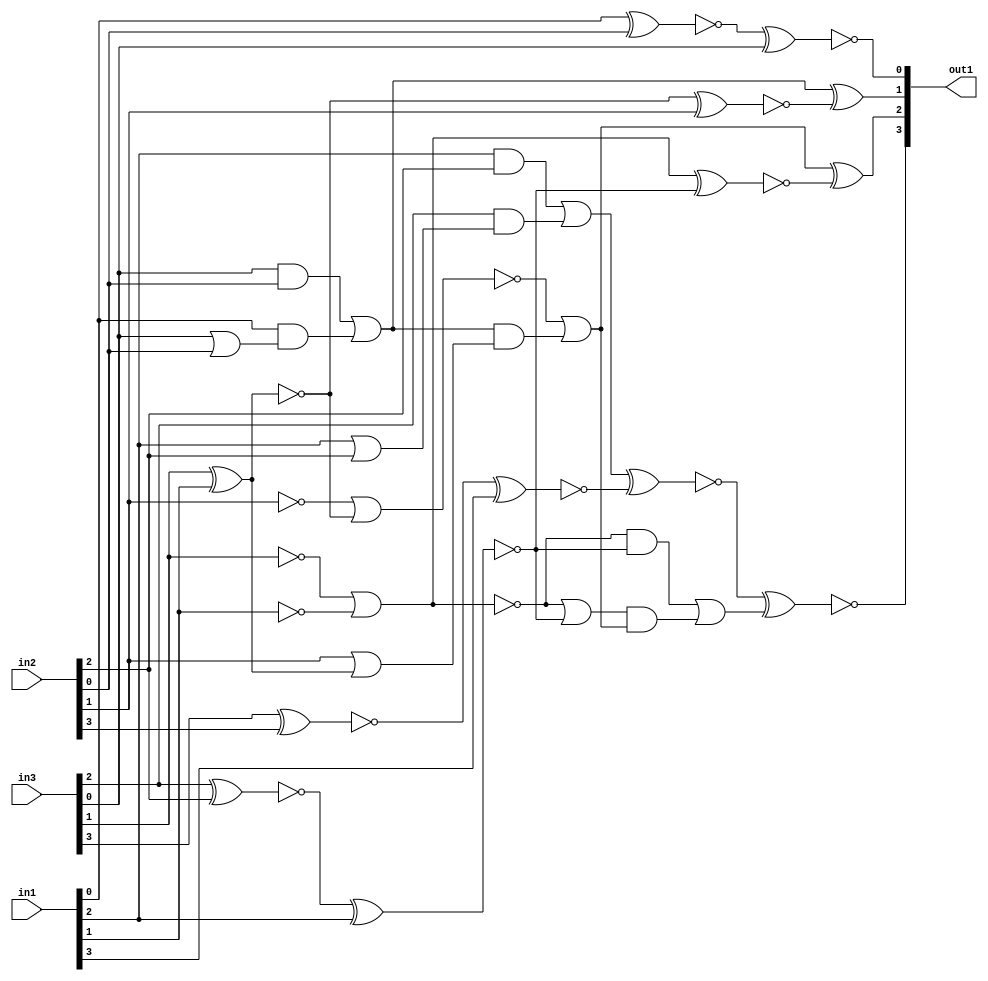
module top(in1, in2, in3, out1);
  input [3:0] in1, in2, in3;
  output [3:0] out1;
  wire [3:0] in1, in2, in3;
  wire [3:0] out1;
  wire csa_tree_ADD_TC_OP_1_groupi_n_0, csa_tree_ADD_TC_OP_1_groupi_n_1, csa_tree_ADD_TC_OP_1_groupi_n_2, csa_tree_ADD_TC_OP_1_groupi_n_3, csa_tree_ADD_TC_OP_1_groupi_n_4, csa_tree_ADD_TC_OP_1_groupi_n_5, csa_tree_ADD_TC_OP_1_groupi_n_6, csa_tree_ADD_TC_OP_1_groupi_n_7;
  wire csa_tree_ADD_TC_OP_1_groupi_n_8, csa_tree_ADD_TC_OP_1_groupi_n_9, csa_tree_ADD_TC_OP_1_groupi_n_10, csa_tree_ADD_TC_OP_1_groupi_n_11, csa_tree_ADD_TC_OP_1_groupi_n_12, csa_tree_ADD_TC_OP_1_groupi_n_13, csa_tree_ADD_TC_OP_1_groupi_n_14, csa_tree_ADD_TC_OP_1_groupi_n_15;
  wire csa_tree_ADD_TC_OP_1_groupi_n_16, csa_tree_ADD_TC_OP_1_groupi_n_17, csa_tree_ADD_TC_OP_1_groupi_n_18, csa_tree_ADD_TC_OP_1_groupi_n_19, csa_tree_ADD_TC_OP_1_groupi_n_21, csa_tree_ADD_TC_OP_1_groupi_n_22, csa_tree_ADD_TC_OP_1_groupi_n_23, csa_tree_ADD_TC_OP_1_groupi_n_24;
  wire csa_tree_ADD_TC_OP_1_groupi_n_25, csa_tree_ADD_TC_OP_1_groupi_n_26, csa_tree_ADD_TC_OP_1_groupi_n_27, csa_tree_ADD_TC_OP_1_groupi_n_29, csa_tree_ADD_TC_OP_1_groupi_n_30, csa_tree_ADD_TC_OP_1_groupi_n_31, csa_tree_ADD_TC_OP_1_groupi_n_32;
  xnor csa_tree_ADD_TC_OP_1_groupi_g111__2398(out1[3] ,csa_tree_ADD_TC_OP_1_groupi_n_29 ,csa_tree_ADD_TC_OP_1_groupi_n_32);
  xor csa_tree_ADD_TC_OP_1_groupi_g112__5107(out1[2] ,csa_tree_ADD_TC_OP_1_groupi_n_26 ,csa_tree_ADD_TC_OP_1_groupi_n_30);
  or csa_tree_ADD_TC_OP_1_groupi_g113__6260(csa_tree_ADD_TC_OP_1_groupi_n_32 ,csa_tree_ADD_TC_OP_1_groupi_n_25 ,csa_tree_ADD_TC_OP_1_groupi_n_31);
  and csa_tree_ADD_TC_OP_1_groupi_g114__4319(csa_tree_ADD_TC_OP_1_groupi_n_31 ,csa_tree_ADD_TC_OP_1_groupi_n_27 ,csa_tree_ADD_TC_OP_1_groupi_n_26);
  xnor csa_tree_ADD_TC_OP_1_groupi_g115__8428(csa_tree_ADD_TC_OP_1_groupi_n_30 ,csa_tree_ADD_TC_OP_1_groupi_n_5 ,csa_tree_ADD_TC_OP_1_groupi_n_22);
  xnor csa_tree_ADD_TC_OP_1_groupi_g116__5526(csa_tree_ADD_TC_OP_1_groupi_n_29 ,csa_tree_ADD_TC_OP_1_groupi_n_17 ,csa_tree_ADD_TC_OP_1_groupi_n_23);
  xor csa_tree_ADD_TC_OP_1_groupi_g117__6783(out1[1] ,csa_tree_ADD_TC_OP_1_groupi_n_16 ,csa_tree_ADD_TC_OP_1_groupi_n_21);
  or csa_tree_ADD_TC_OP_1_groupi_g118__3680(csa_tree_ADD_TC_OP_1_groupi_n_27 ,csa_tree_ADD_TC_OP_1_groupi_n_6 ,csa_tree_ADD_TC_OP_1_groupi_n_22);
  or csa_tree_ADD_TC_OP_1_groupi_g119__1617(csa_tree_ADD_TC_OP_1_groupi_n_26 ,csa_tree_ADD_TC_OP_1_groupi_n_19 ,csa_tree_ADD_TC_OP_1_groupi_n_24);
  and csa_tree_ADD_TC_OP_1_groupi_g120__2802(csa_tree_ADD_TC_OP_1_groupi_n_25 ,csa_tree_ADD_TC_OP_1_groupi_n_6 ,csa_tree_ADD_TC_OP_1_groupi_n_22);
  and csa_tree_ADD_TC_OP_1_groupi_g121__1705(csa_tree_ADD_TC_OP_1_groupi_n_24 ,csa_tree_ADD_TC_OP_1_groupi_n_16 ,csa_tree_ADD_TC_OP_1_groupi_n_18);
  xnor csa_tree_ADD_TC_OP_1_groupi_g122__5122(csa_tree_ADD_TC_OP_1_groupi_n_23 ,csa_tree_ADD_TC_OP_1_groupi_n_10 ,in1[3]);
  xnor csa_tree_ADD_TC_OP_1_groupi_g123__8246(csa_tree_ADD_TC_OP_1_groupi_n_22 ,csa_tree_ADD_TC_OP_1_groupi_n_9 ,in1[2]);
  xnor csa_tree_ADD_TC_OP_1_groupi_g124__7098(csa_tree_ADD_TC_OP_1_groupi_n_21 ,csa_tree_ADD_TC_OP_1_groupi_n_12 ,in2[1]);
  xnor csa_tree_ADD_TC_OP_1_groupi_g125__6131(out1[0] ,csa_tree_ADD_TC_OP_1_groupi_n_13 ,in3[0]);
  nor csa_tree_ADD_TC_OP_1_groupi_g126__1881(csa_tree_ADD_TC_OP_1_groupi_n_19 ,csa_tree_ADD_TC_OP_1_groupi_n_1 ,csa_tree_ADD_TC_OP_1_groupi_n_12);
  or csa_tree_ADD_TC_OP_1_groupi_g127__5115(csa_tree_ADD_TC_OP_1_groupi_n_18 ,in2[1] ,csa_tree_ADD_TC_OP_1_groupi_n_11);
  or csa_tree_ADD_TC_OP_1_groupi_g128__7482(csa_tree_ADD_TC_OP_1_groupi_n_17 ,csa_tree_ADD_TC_OP_1_groupi_n_7 ,csa_tree_ADD_TC_OP_1_groupi_n_15);
  or csa_tree_ADD_TC_OP_1_groupi_g129__4733(csa_tree_ADD_TC_OP_1_groupi_n_16 ,csa_tree_ADD_TC_OP_1_groupi_n_4 ,csa_tree_ADD_TC_OP_1_groupi_n_14);
  and csa_tree_ADD_TC_OP_1_groupi_g130__6161(csa_tree_ADD_TC_OP_1_groupi_n_15 ,in3[2] ,csa_tree_ADD_TC_OP_1_groupi_n_8);
  and csa_tree_ADD_TC_OP_1_groupi_g131__9315(csa_tree_ADD_TC_OP_1_groupi_n_14 ,in1[0] ,csa_tree_ADD_TC_OP_1_groupi_n_3);
  xnor csa_tree_ADD_TC_OP_1_groupi_g132__9945(csa_tree_ADD_TC_OP_1_groupi_n_13 ,in1[0] ,in2[0]);
  not csa_tree_ADD_TC_OP_1_groupi_g133(csa_tree_ADD_TC_OP_1_groupi_n_11 ,csa_tree_ADD_TC_OP_1_groupi_n_12);
  xnor csa_tree_ADD_TC_OP_1_groupi_g134__2883(csa_tree_ADD_TC_OP_1_groupi_n_12 ,in3[1] ,in1[1]);
  xnor csa_tree_ADD_TC_OP_1_groupi_g135__2346(csa_tree_ADD_TC_OP_1_groupi_n_10 ,in3[3] ,in2[3]);
  xnor csa_tree_ADD_TC_OP_1_groupi_g136__1666(csa_tree_ADD_TC_OP_1_groupi_n_9 ,in3[2] ,in2[2]);
  or csa_tree_ADD_TC_OP_1_groupi_g137__7410(csa_tree_ADD_TC_OP_1_groupi_n_8 ,in1[2] ,in2[2]);
  and csa_tree_ADD_TC_OP_1_groupi_g138__6417(csa_tree_ADD_TC_OP_1_groupi_n_7 ,in1[2] ,in2[2]);
  not csa_tree_ADD_TC_OP_1_groupi_g139(csa_tree_ADD_TC_OP_1_groupi_n_6 ,csa_tree_ADD_TC_OP_1_groupi_n_5);
  or csa_tree_ADD_TC_OP_1_groupi_g140__5477(csa_tree_ADD_TC_OP_1_groupi_n_5 ,csa_tree_ADD_TC_OP_1_groupi_n_0 ,csa_tree_ADD_TC_OP_1_groupi_n_2);
  and csa_tree_ADD_TC_OP_1_groupi_g141__2398(csa_tree_ADD_TC_OP_1_groupi_n_4 ,in3[0] ,in2[0]);
  or csa_tree_ADD_TC_OP_1_groupi_g142__5107(csa_tree_ADD_TC_OP_1_groupi_n_3 ,in3[0] ,in2[0]);
  not csa_tree_ADD_TC_OP_1_groupi_g143(csa_tree_ADD_TC_OP_1_groupi_n_2 ,in1[1]);
  not csa_tree_ADD_TC_OP_1_groupi_g144(csa_tree_ADD_TC_OP_1_groupi_n_1 ,in2[1]);
  not csa_tree_ADD_TC_OP_1_groupi_g145(csa_tree_ADD_TC_OP_1_groupi_n_0 ,in3[1]);
endmodule